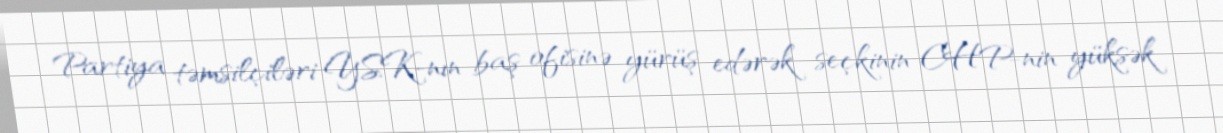
Partiya təmsilçiləri YSK-nın baş ofisinə yürüş edərək seçkinin CHP-nin yüksək